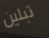
تبلين